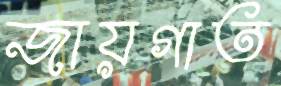
জায়গাত